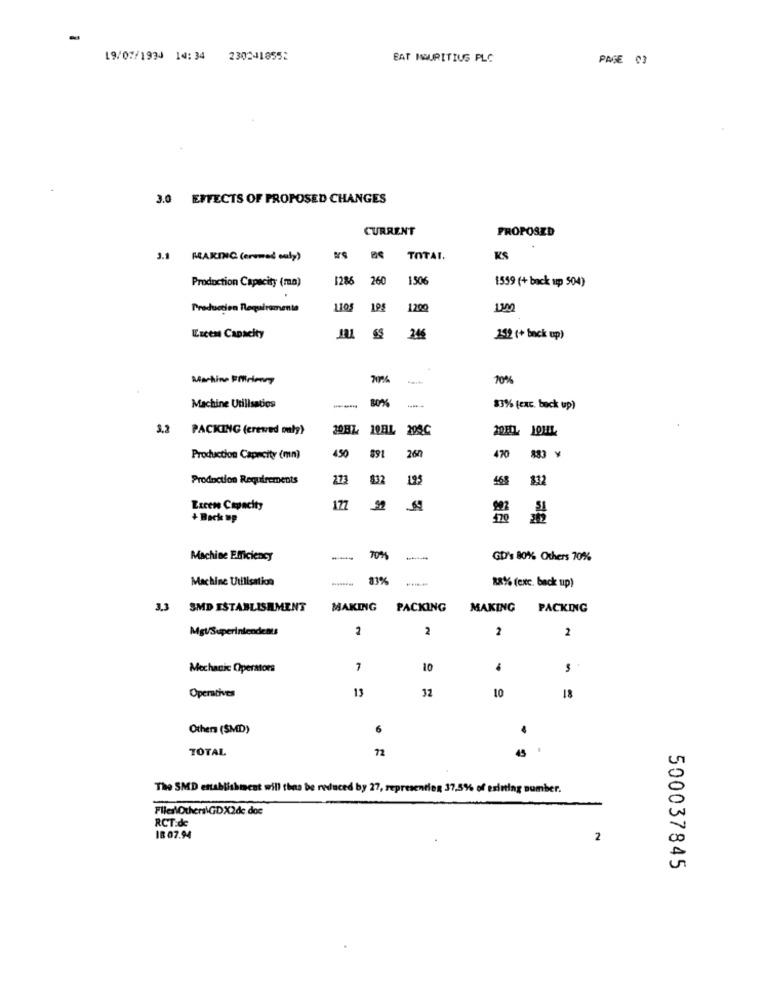
19/07/1994 14: 34
2302418552
EAT MAURITIUS PLC
PAGE 03
3.0 EFFECTS OF PROPOSED CHANGES
CURRENT
PROPOSED
3.3 MAKING (eremed only)
TOTAI.
KS
Production Capacity (ma)
1286
260
1506
1559 (+ back up 504)
Production Requirements
1105
1200
1300
Excen Capacity
246
152 (+ back up)
Machine Efficiency
70%
70%
80%
Machine Utilisation
83% (cxc. back up)
3,2 PACKING (crewed outg)
30HZ 10EL 205C
168
450
260
470
Production Capacity (mn)
Production Requirements
273
$32
123
$12
Excene Capacity
177
992
+ Back up
Machine Efficiency
TO%
-
GD's 80% Others 70%
Machine Utilisation
83%
88% (exc. back up)
3.3 SMD ESTABLISHMENT
MAKING
PACKING
MAKING
PACKING
Mgl/Superintendents
2
2
2
2
Mechanic Operators
10
13
10
Operatives
Others (SMD)
6
.
TOTAL
72
45
The SMD establishment will thes be reduced by 27, representing 37,5% of esinting number.
Files\Others\GDX2de.doc
RCT:de
IB 07.94
2
500037845